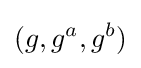
(g,g^{a},g^{b})